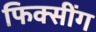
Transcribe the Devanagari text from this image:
फिक्सींग